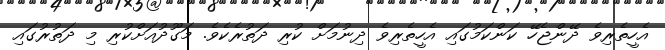
އެހީތެރިވެ ދޭންޖެހޭ ކަންކަމުގައި އެހީތެރިވެ ދިނުމަށް ކުރި ދަތުރެކެވެ. މަގޫދުއަށްކުރި މި ދަތުރުގައި